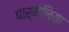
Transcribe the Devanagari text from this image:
पार्मेलिया